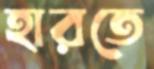
হারতে